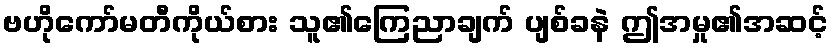
ဗဟိုကော်မတီကိုယ်စား သူ၏ကြေညာချက် ပျစ်ခနဲ ဤအမှု၏အဆင့်